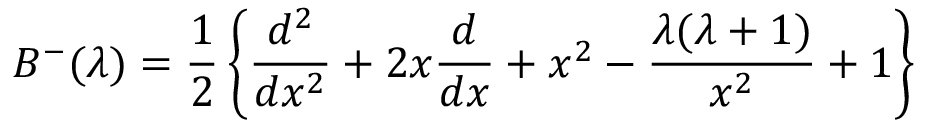
B ^ { - } ( \lambda ) = { \frac { 1 } { 2 } } \left\{ { \frac { d ^ { 2 } } { d x ^ { 2 } } } + 2 x { \frac { d } { d x } } + x ^ { 2 } - { \frac { \lambda ( \lambda + 1 ) } { x ^ { 2 } } } + 1 \right\}